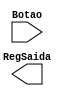
module SeguraBotao(
	input Botao,
	output RegSaida
);
	reg RegLibera;
	
	initial begin
		RegLibera = 0;
	end
	
	always @(posedge Sw) begin
		RegLibera = 1;
	end
		
	always @(posedge Clock) begin
		if(out == 26'd50000000) begin
			out = 26'd0;
			RegLibera = 0;
		end
		else
			out = out + 1;
	end
	
	assign RegSaida = RegBotao;

endmodule